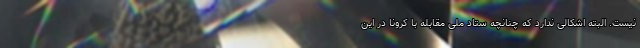
نیست. البته اشکالی ندارد که چنانچه ستاد ملی مقابله با کرونا در این